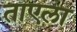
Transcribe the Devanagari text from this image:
ताएला